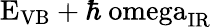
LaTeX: \mathrm{E_{VB}+\hbar\ omega_{IR}}